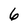
Character: 6